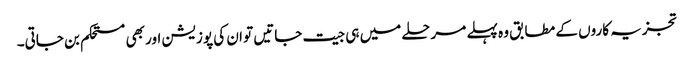
تجزیہ کاروں کے مطابق وہ پہلے مرحلے میں ہی جیت جاتیں تو ان کی پوزیشن اور بھی مستحکم بن جاتی۔